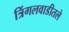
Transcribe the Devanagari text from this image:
त्रिंगलवाडीतले